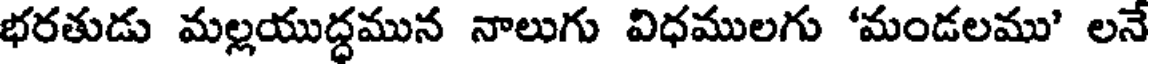
భరతుడు మల్లయుద్ధమున నాలుగు విధములగు 'మండలము' లనే